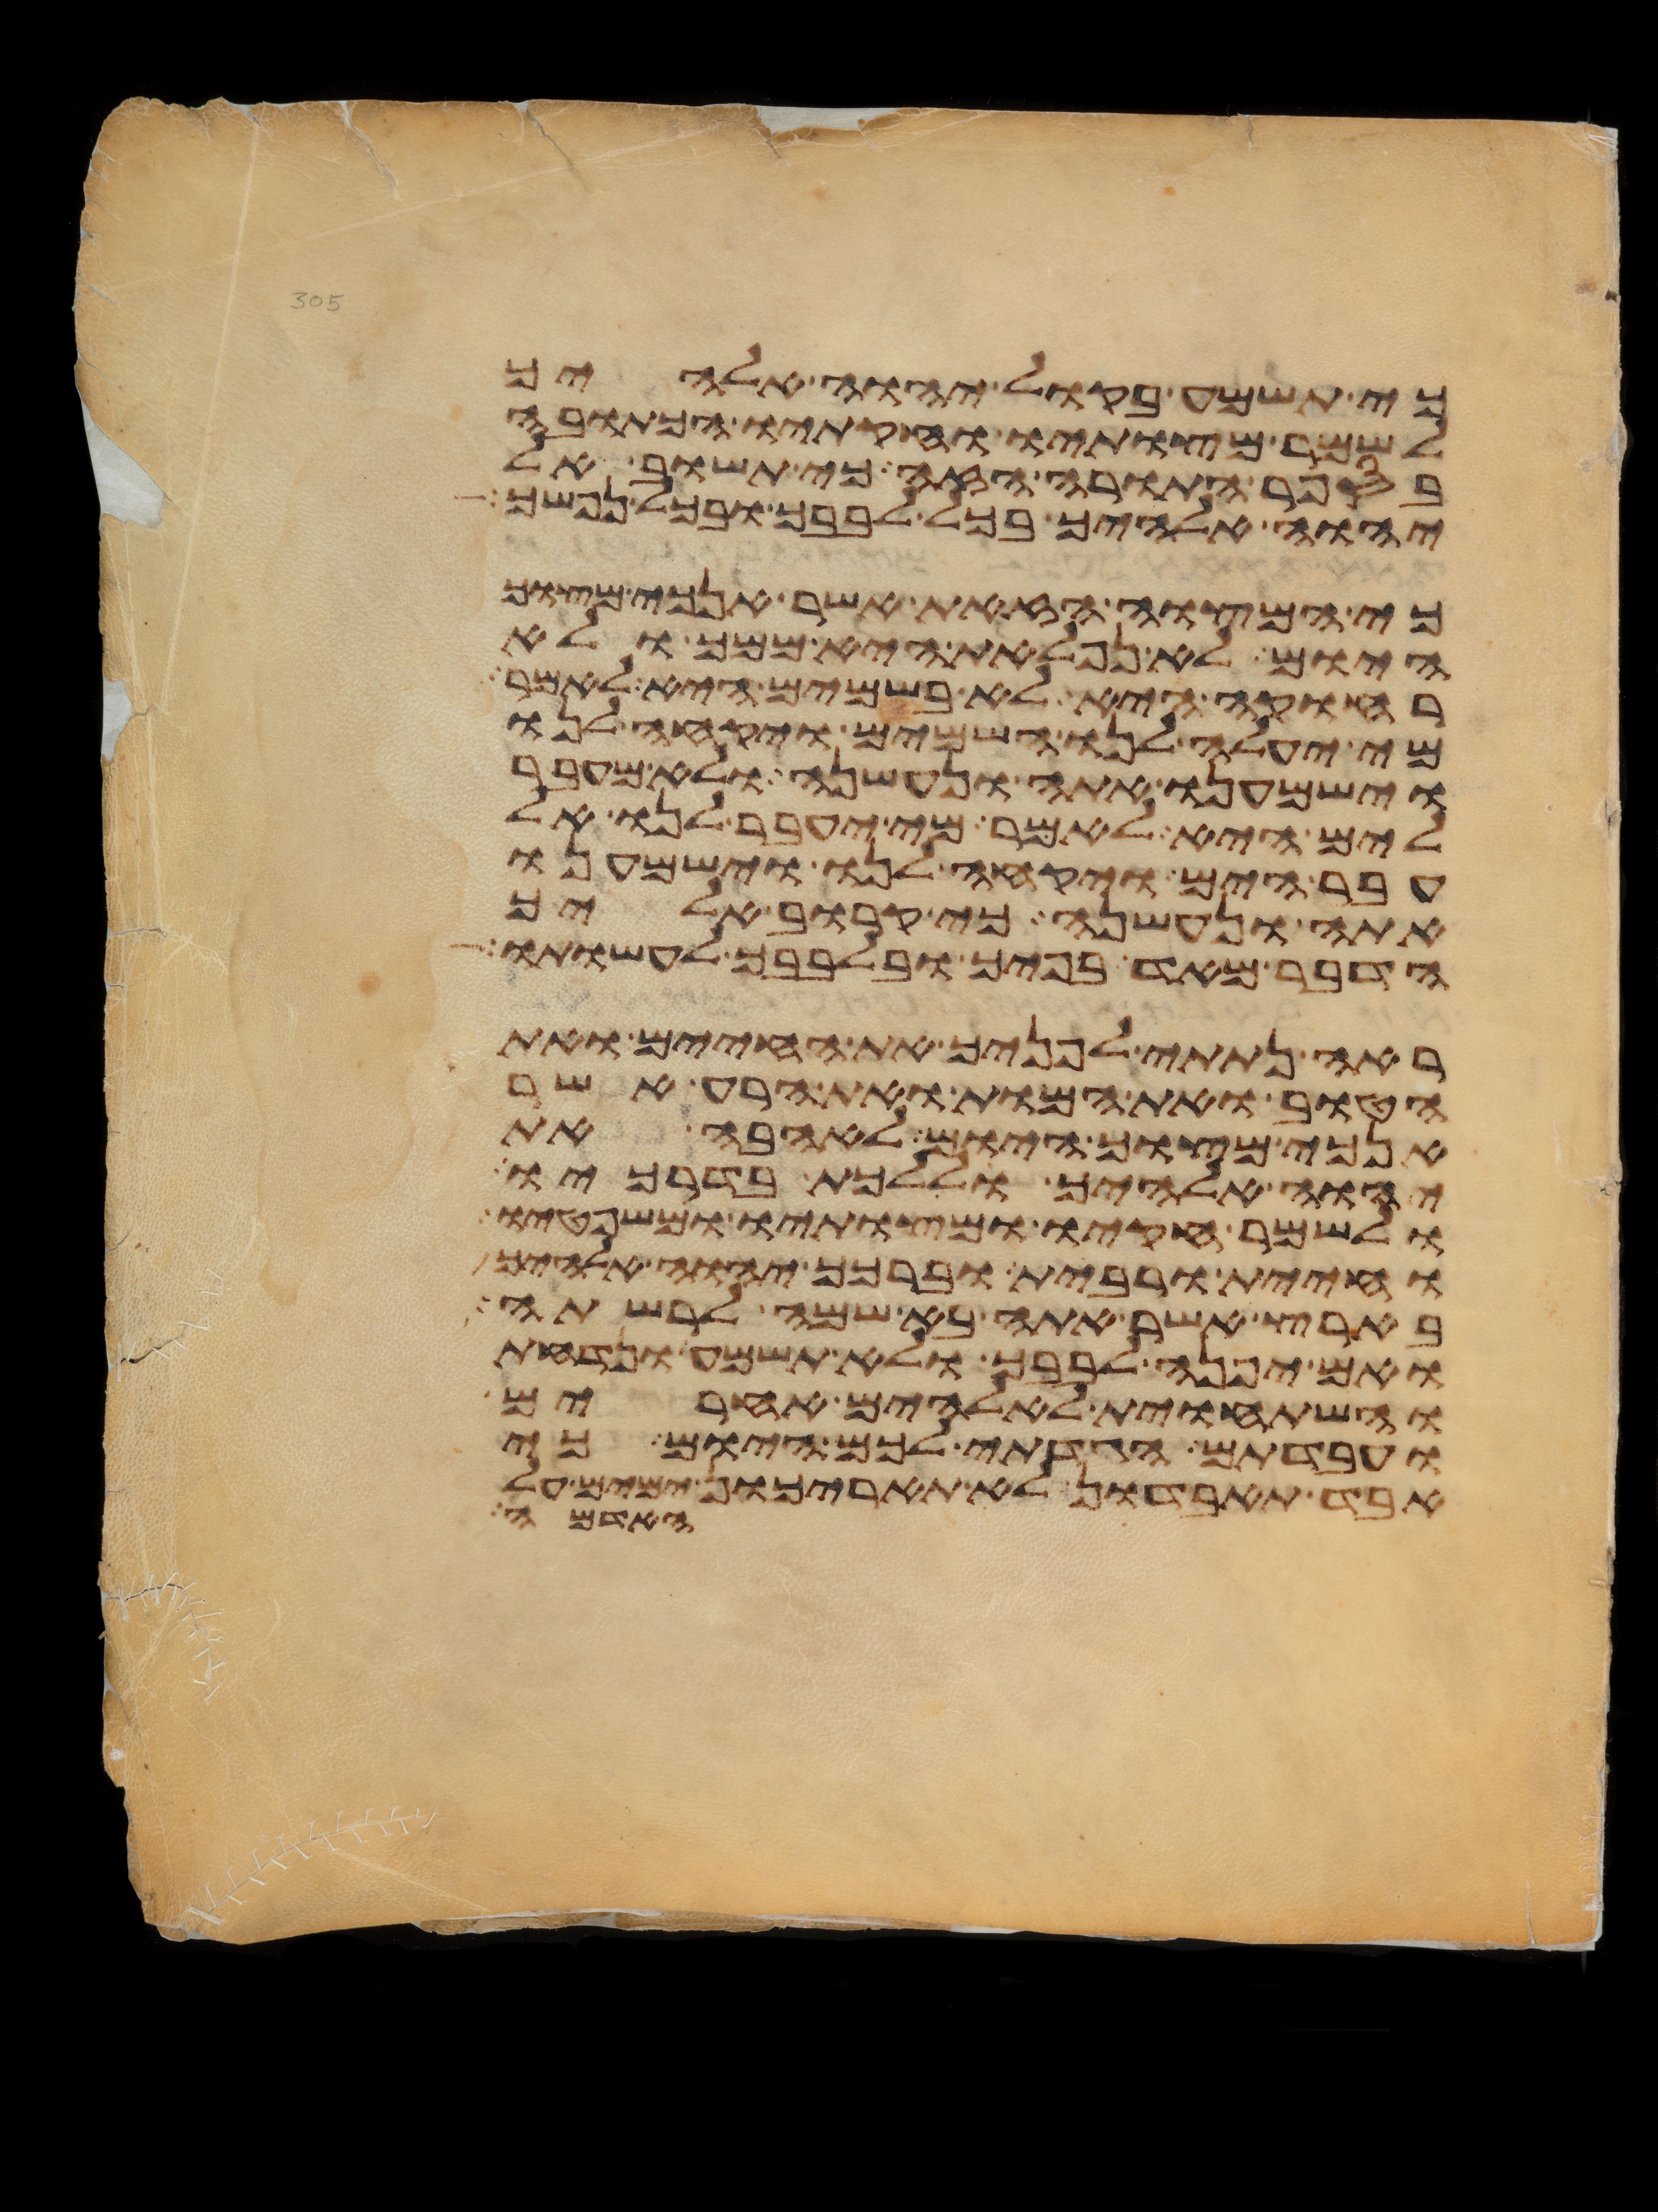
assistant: כי תשמע בקול יהוה אלהיך
לשמר מצותיו וחקתיו הכתובה
בספר התורה הזה כי תשוב אל
יהוה אלהיך בכל לבבך ובכל נפשך
כי המצוה הזאת אשר אנכי מצוך
היום לא נפלאת היא ממך ולא
רחוקה היא לא בשמים היא לאמר
מי יעלה לנו השמים ויקחה לנו
וישמענו אתה ונעשנה ולא מעבר
לים היא לאמר מי יעבר לנו אל
עבר הים ויקחה לנו וישמענו
אתה ונעשנה כי קרוב אליך
הדבר מאד בפיך ובלבבך לעשותו
ראה נתתי לפניך את החיים ואת
הטוב ואת המות ואת הרע אשר
אנכי מצוך היום לאהבה את
יהוה אלהיך וללכת בדרכיו
ולשמר חקיו ומצותיו ומשפטיו
וחיית ורבית וברכך יהוה אלהיך
בארץ אשר אתה בא שמה לרשתה
ואם יפנה לבבך ולא תשמע ונדחת
והשתחוית לאלהים אחרים
ועבדתם הגדתי לכם היום כי
אבד תאבדון לא תאריכון ימים על
האדמה